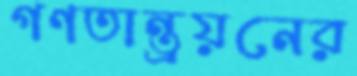
গণতান্ত্রয়নের